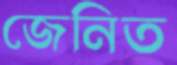
জেনিত